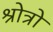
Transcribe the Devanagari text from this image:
श्रोत्रो